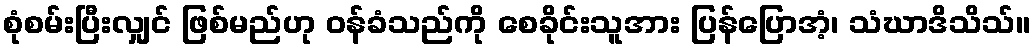
စုံစမ်းပြီးလျှင် ဖြစ်မည်ဟု ဝန်ခံသည်ကို စေခိုင်းသူအား ပြန်ပြောအံ့၊ သံဃာဒိသိသ်။